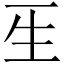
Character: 𤯔